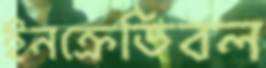
ইনক্রেডিবল